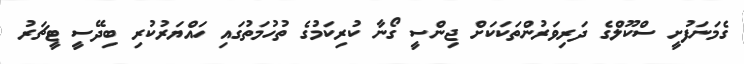
ގެމަނަފުށީ ސްކޫލްގެ ދަރިވަރުންތަކަކަށް ޖިންސީ ގޯނާ ކުރިކަމުގެ ތުހުމަތުގައި ހައްޔަރުކުރި ބިދޭސީ ޓީޗަރު